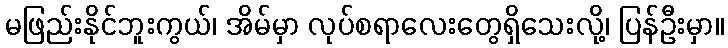
မဖြည်းနိုင်ဘူးကွယ်၊ အိမ်မှာ လုပ်စရာလေးတွေရှိသေးလို့၊ ပြန်ဦးမှာ။